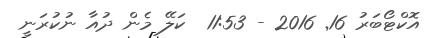
އޮކްޓޯބަރު 16